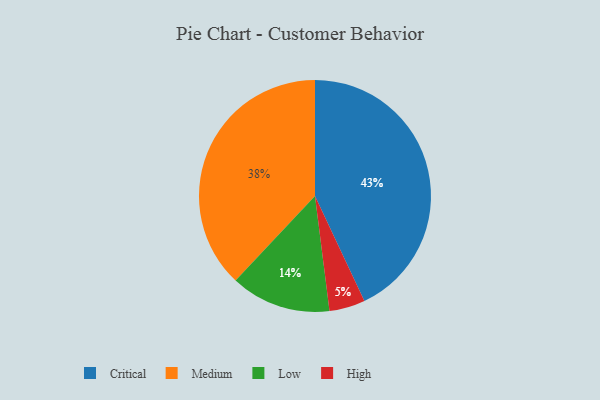
{"axis": {"x": "Category", "y": "Percentage"}, "legend": ["Critical", "High", "Low", "Medium"], "data": [{"x": "Critical", "y": 43, "type": "Critical"}, {"x": "High", "y": 5, "type": "High"}, {"x": "Low", "y": 14, "type": "Low"}, {"x": "Medium", "y": 38, "type": "Medium"}]}